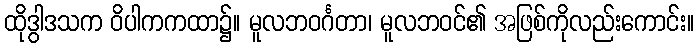
ထိုဒွါဒသက ဝိပါကကထာ၌။ မူလဘဝင်္ဂတာ၊ မူလဘဝင်၏ အဖြစ်ကိုလည်းကောင်း။